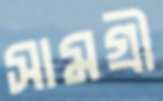
সামগ্রী